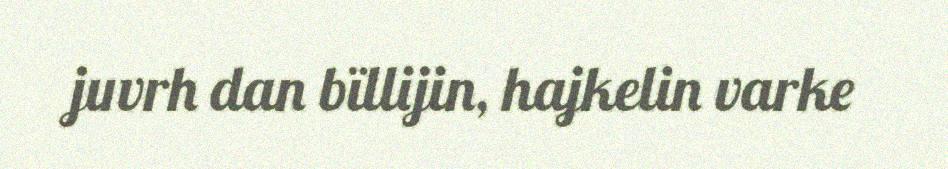
juvrh dan bïllijin, hajkelin varke